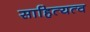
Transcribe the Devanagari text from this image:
साहित्यत्व